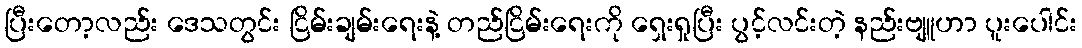
ပြီးတော့လည်း ဒေသတွင်း ငြိမ်းချမ်းရေးနဲ့ တည်ငြိမ်းရေးကို ရှေးရှုပြီး ပွင့်လင်းတဲ့ နည်းဗျူဟာ ပူးပေါင်း